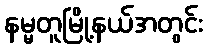
နမ္မတူမြို့နယ်အတွင်း